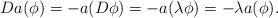
LaTeX: \begin{align*}D a(\phi) = -a(D\phi) =-a(\lambda \phi)=-\lambda a(\phi).\end{align*}